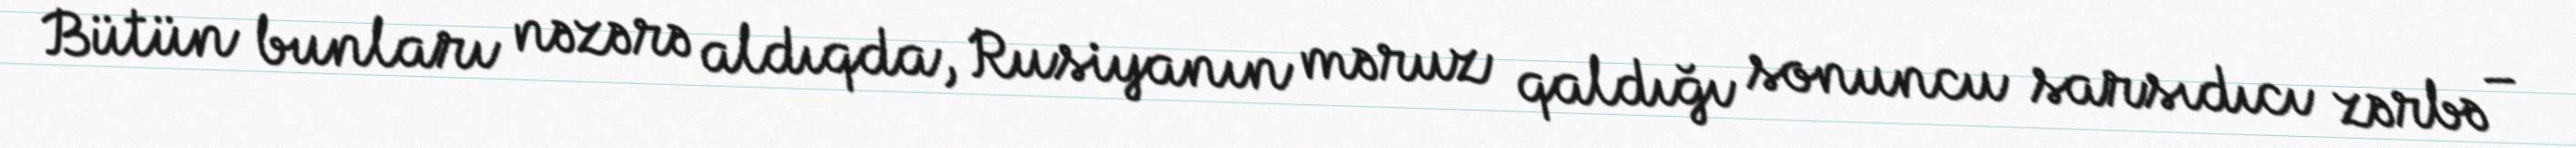
Bütün bunları nəzərə aldıqda, Rusiyanın məruz qaldığı sonuncu sarsıdıcı zərbə –